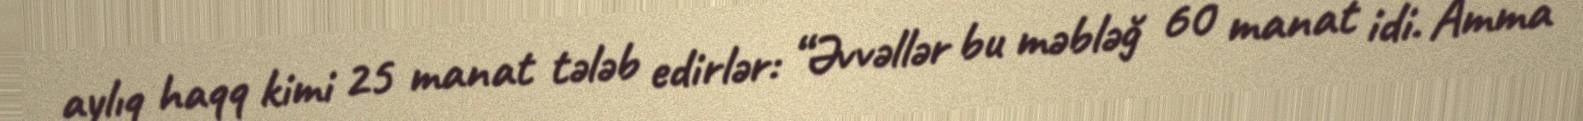
aylıq haqq kimi 25 manat tələb edirlər: “Əvvəllər bu məbləğ 60 manat idi. Amma